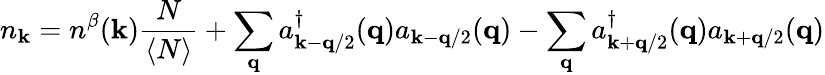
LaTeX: n_{{\mathbf{k}}}=n^{\beta}({\mathbf{k}})\frac{N}{\langle N\rangle}+\sum_{{\mathbf{q}}}a_{{\mathbf{k}}-{\mathbf{q}}/2}^{\dagger}({\mathbf{q}})a_{{\mathbf{k}}-{\mathbf{q}}/2}({\mathbf{q}})-\sum_{{\mathbf{q}}}a_{{\mathbf{k}}+{\mathbf{q}}/2}^{\dagger}({\mathbf{q}})a_{{\mathbf{k}}+{\mathbf{q}}/2}({\mathbf{q}})